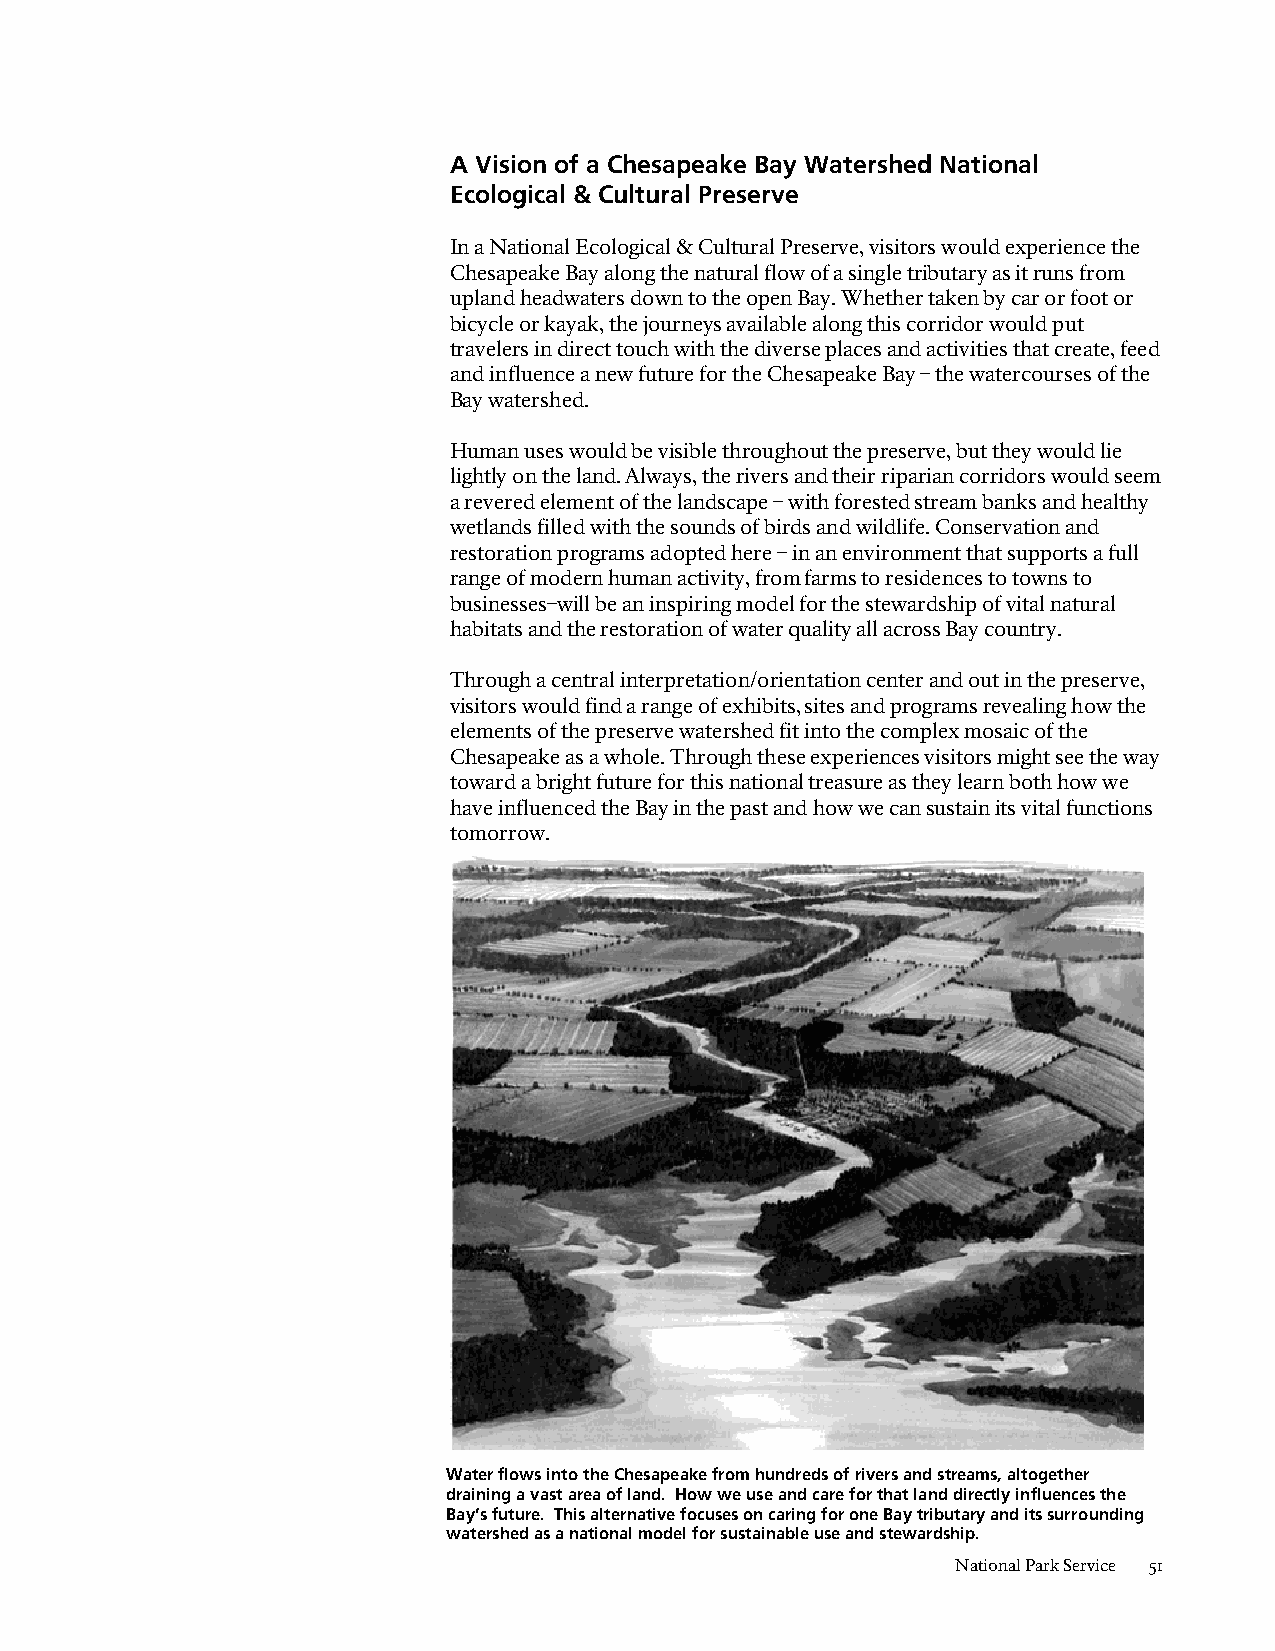
A Vision of a Chesapeake Bay Watershed National
 Ecological & Cultural Preserve
 In a National Ecological & Cultural Preserve, visitors would experience the
 Chesapeake Bay along the natural flow of a single tributary as it runs from
 upland headwaters down to the open Bay. Whether taken by car or foot or
 bicycle or kayak, the journeys available along this corridor would put
 travelers in direct touch with the diverse places and activities that create, feed
 and influence a new future for the Chesapeake Bay – the watercourses of the
 Bay watershed.
 Human uses would be visible throughout the preserve, but they would lie
 lightly on the land. Always, the rivers and their riparian corridors would seem
 a revered element of the landscape – with forested stream banks and healthy
 wetlands filled with the sounds of birds and wildlife. Conservation and
 restoration programs adopted here – in an environment that supports a full
 range of modern human activity, from farms to residences to towns to
 businesses–will be an inspiring model for the stewardship of vital natural
 habitats and the restoration of water quality all across Bay country.
 Through a central interpretation/orientation center and out in the preserve,
 visitors would find a range of exhibits, sites and programs revealing how the
 elements of the preserve watershed fit into the complex mosaic of the
 Chesapeake as a whole. Through these experiences visitors might see the way
 toward a bright future for this national treasure as they learn both how we
 have influenced the Bay in the past and how we can sustain its vital functions
 tomorrow.
 Water flows into the Chesapeake from hundreds of rivers and streams, altogether
 draining a vast area of land. How we use and care for that land directly influences the
 Bay’s future. This alternative focuses on caring for one Bay tributary and its surrounding
 watershed as a national model for sustainable use and stewardship.
 National Park Service 51